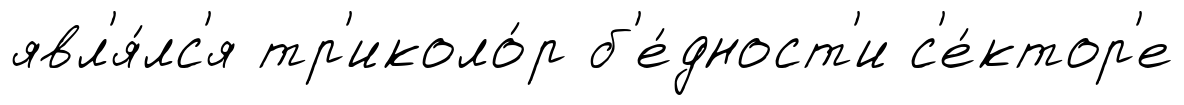
явл'я́лс'я тр'иколо́р б'е́дност'и с'е́ктор'е